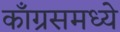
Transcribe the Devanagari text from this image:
काँग्रसमध्ये